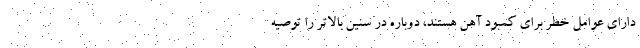
دارای عوامل خطر برای کمبود آهن هستند، دوباره در سنین بالاتر را توصیه